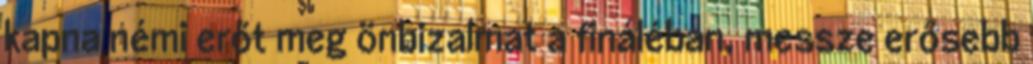
kapna némi erőt meg önbizalmat a fináléban, messze erősebb